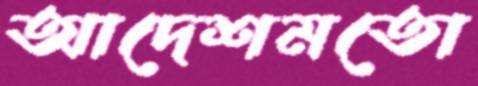
আদেশমতো